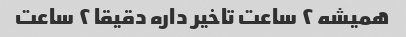
همیشه ۲ ساعت تاخیر داره دقیقا ۲ ساعت